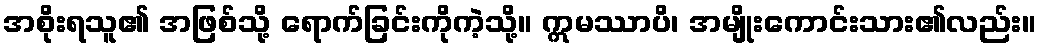
အစိုးရသူ၏ အဖြစ်သို့ ရောက်ခြင်းကိုကဲ့သို့။ ဣမဿာပိ၊ အမျိုးကောင်းသား၏လည်း။